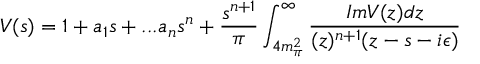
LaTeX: V ( s ) = 1 + a _ { 1 } s + . . . a _ { n } s ^ { n } + \frac { s ^ { n + 1 } } { \pi } \int _ { 4 m _ { \pi } ^ { 2 } } ^ { \infty } \frac { I m V ( z ) d z } { ( z ) ^ { n + 1 } ( z - s - i \epsilon ) }